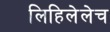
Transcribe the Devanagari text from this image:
लिहिलेलेच